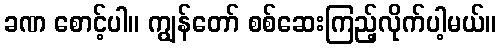
ခဏ စောင့်ပါ။ ကျွန်တော် စစ်ဆေးကြည့်လိုက်ပါ့မယ်။